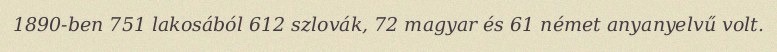
1890-ben 751 lakosából 612 szlovák, 72 magyar és 61 német anyanyelvű volt.